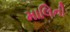
માલિની